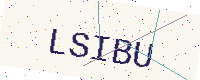
Text: LSIBU